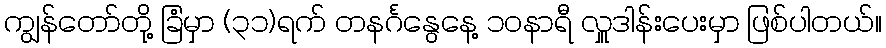
ကျွန်တော်တို့ ခြံမှာ (၃၁)ရက် တနင်္ဂနွေနေ့ ၁၀နာရီ လှူဒါန်းပေးမှာ ဖြစ်ပါတယ်။